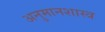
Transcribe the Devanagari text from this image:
अनुमानशास्त्र